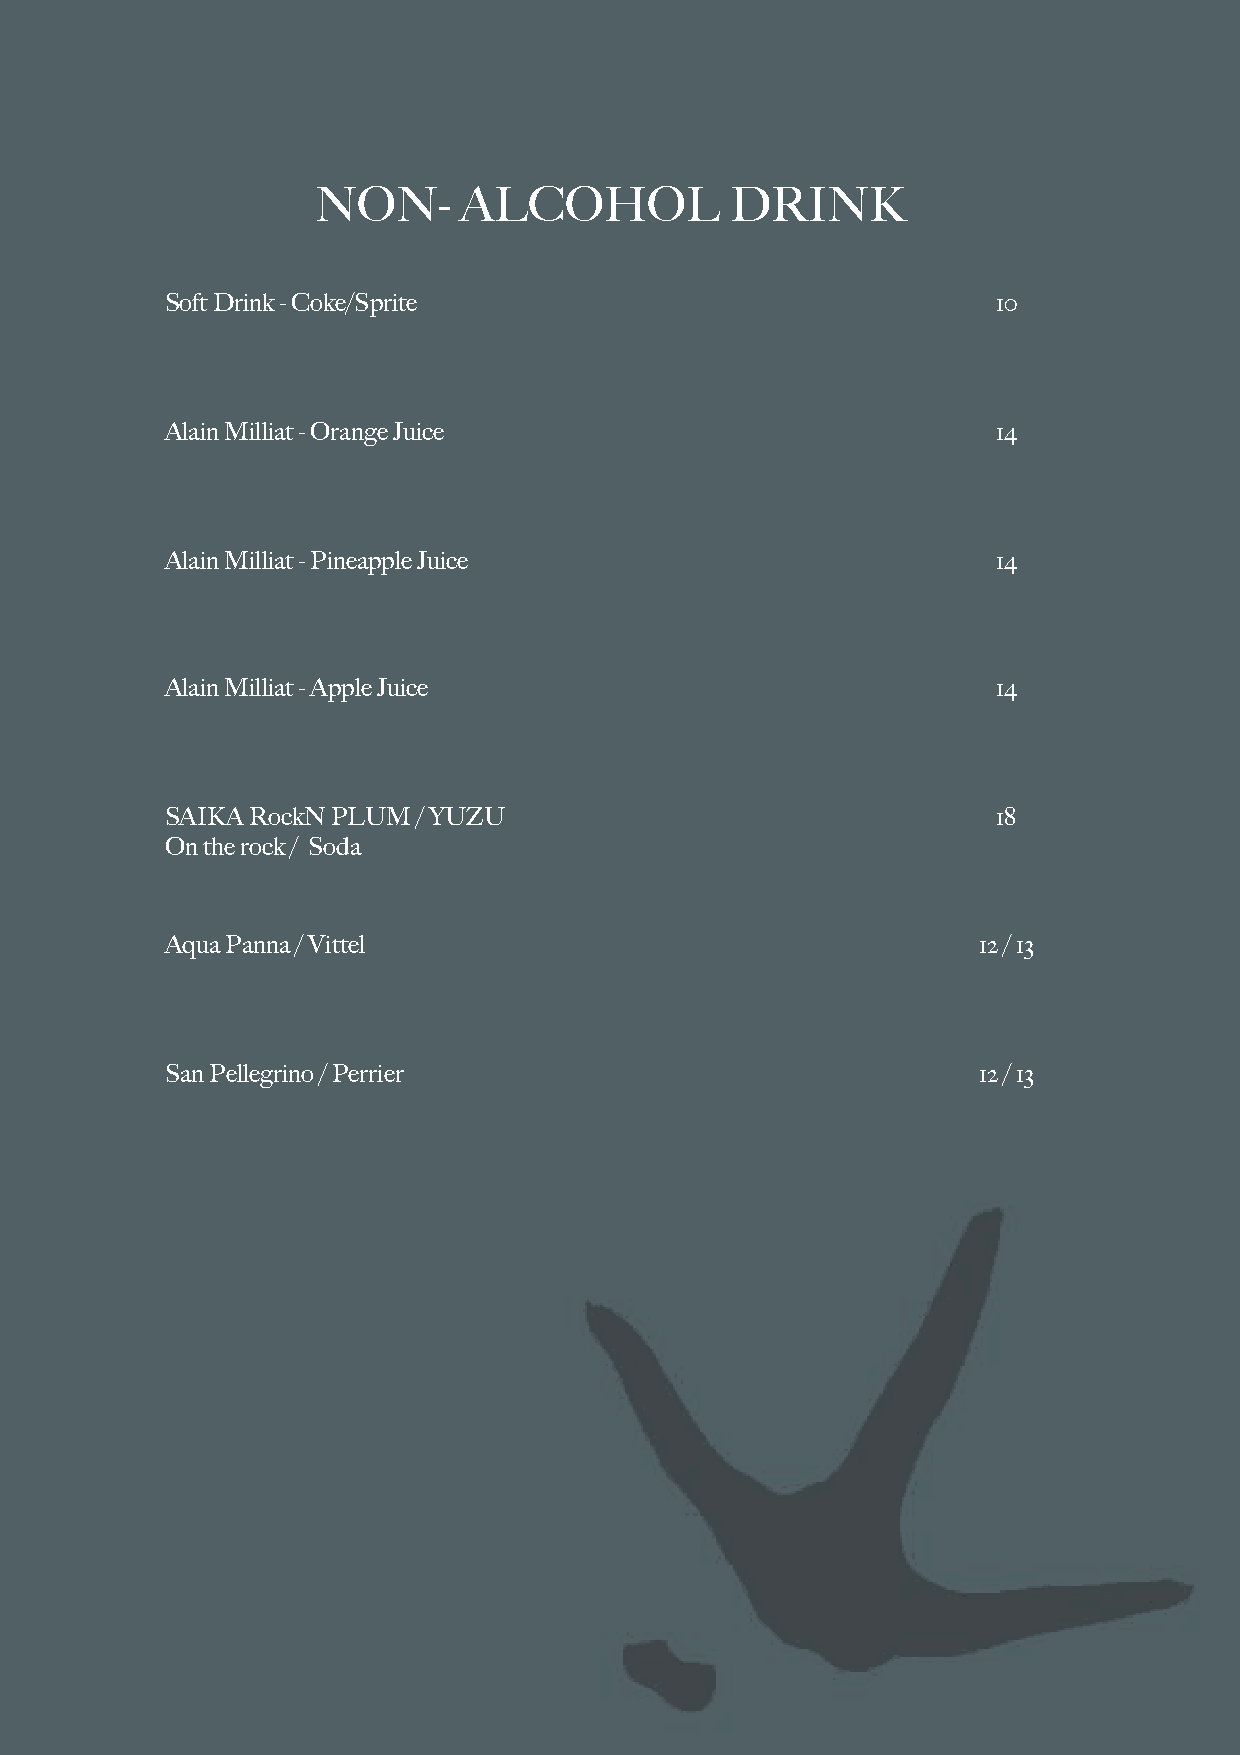
NON-      ALCOHOL          DRINK
 Soft Drink - Coke/Sprite                               10
 Alain Milliat - Orange Juice                           14
 Alain Milliat - Pineapple Juice                        14
 Alain Milliat - Apple Juice                            14
 SAIKA RockN PLUM / YUZU                                18
 On the rock / Soda
 Aqua Panna / Vittel                                   12 / 13
 San Pellegrino / Perrier                              12 / 13